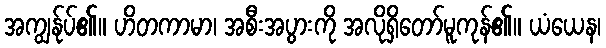
အကျွန်ုပ်၏။ ဟိတကာမာ၊ အစီးအပွားကို အလိုရှိတော်မူကုန်၏။ ယံယေန၊